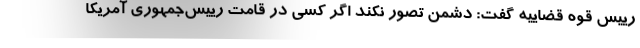
رییس قوه قضاییه گفت: دشمن تصور نکند اگر کسی در قامت رییس‌جمهوری آمریکا